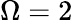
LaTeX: \Omega=2